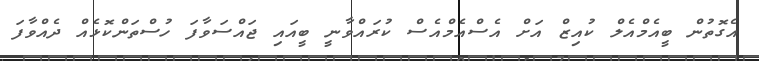
އެގޮތުން ބީއެމްއެލް ކުއިޒް އަށް އެސްއެމްއެސް ކުރައްވާނީ ބީއައި ޖައްސަވާފަ ހުސްތަންކޮޅެއް ދެއްވާފަ